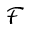
\mathcal { F }